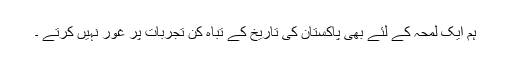
ہم ایک لمحہ کے لئے بھی پاکستان کی تاریخ کے تباہ کن تجربات پر غور نہیں کرتے ۔